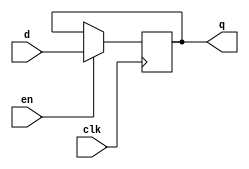
module reg8 (
	input 					clk,
	input						en,
	input 		[7:0]	   d,
	output reg	[7:0]	   q
   );
   
   initial q = 0;
	
	always @(posedge clk)
		if (en)
			q <= d;
			
endmodule